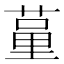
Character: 𦷗